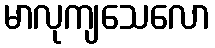
မာလုကျသေလော